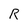
Character: R